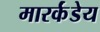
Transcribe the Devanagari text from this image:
मारर्कंडेय